Janeda_(Ambla)_vallavalitsus, lk 7
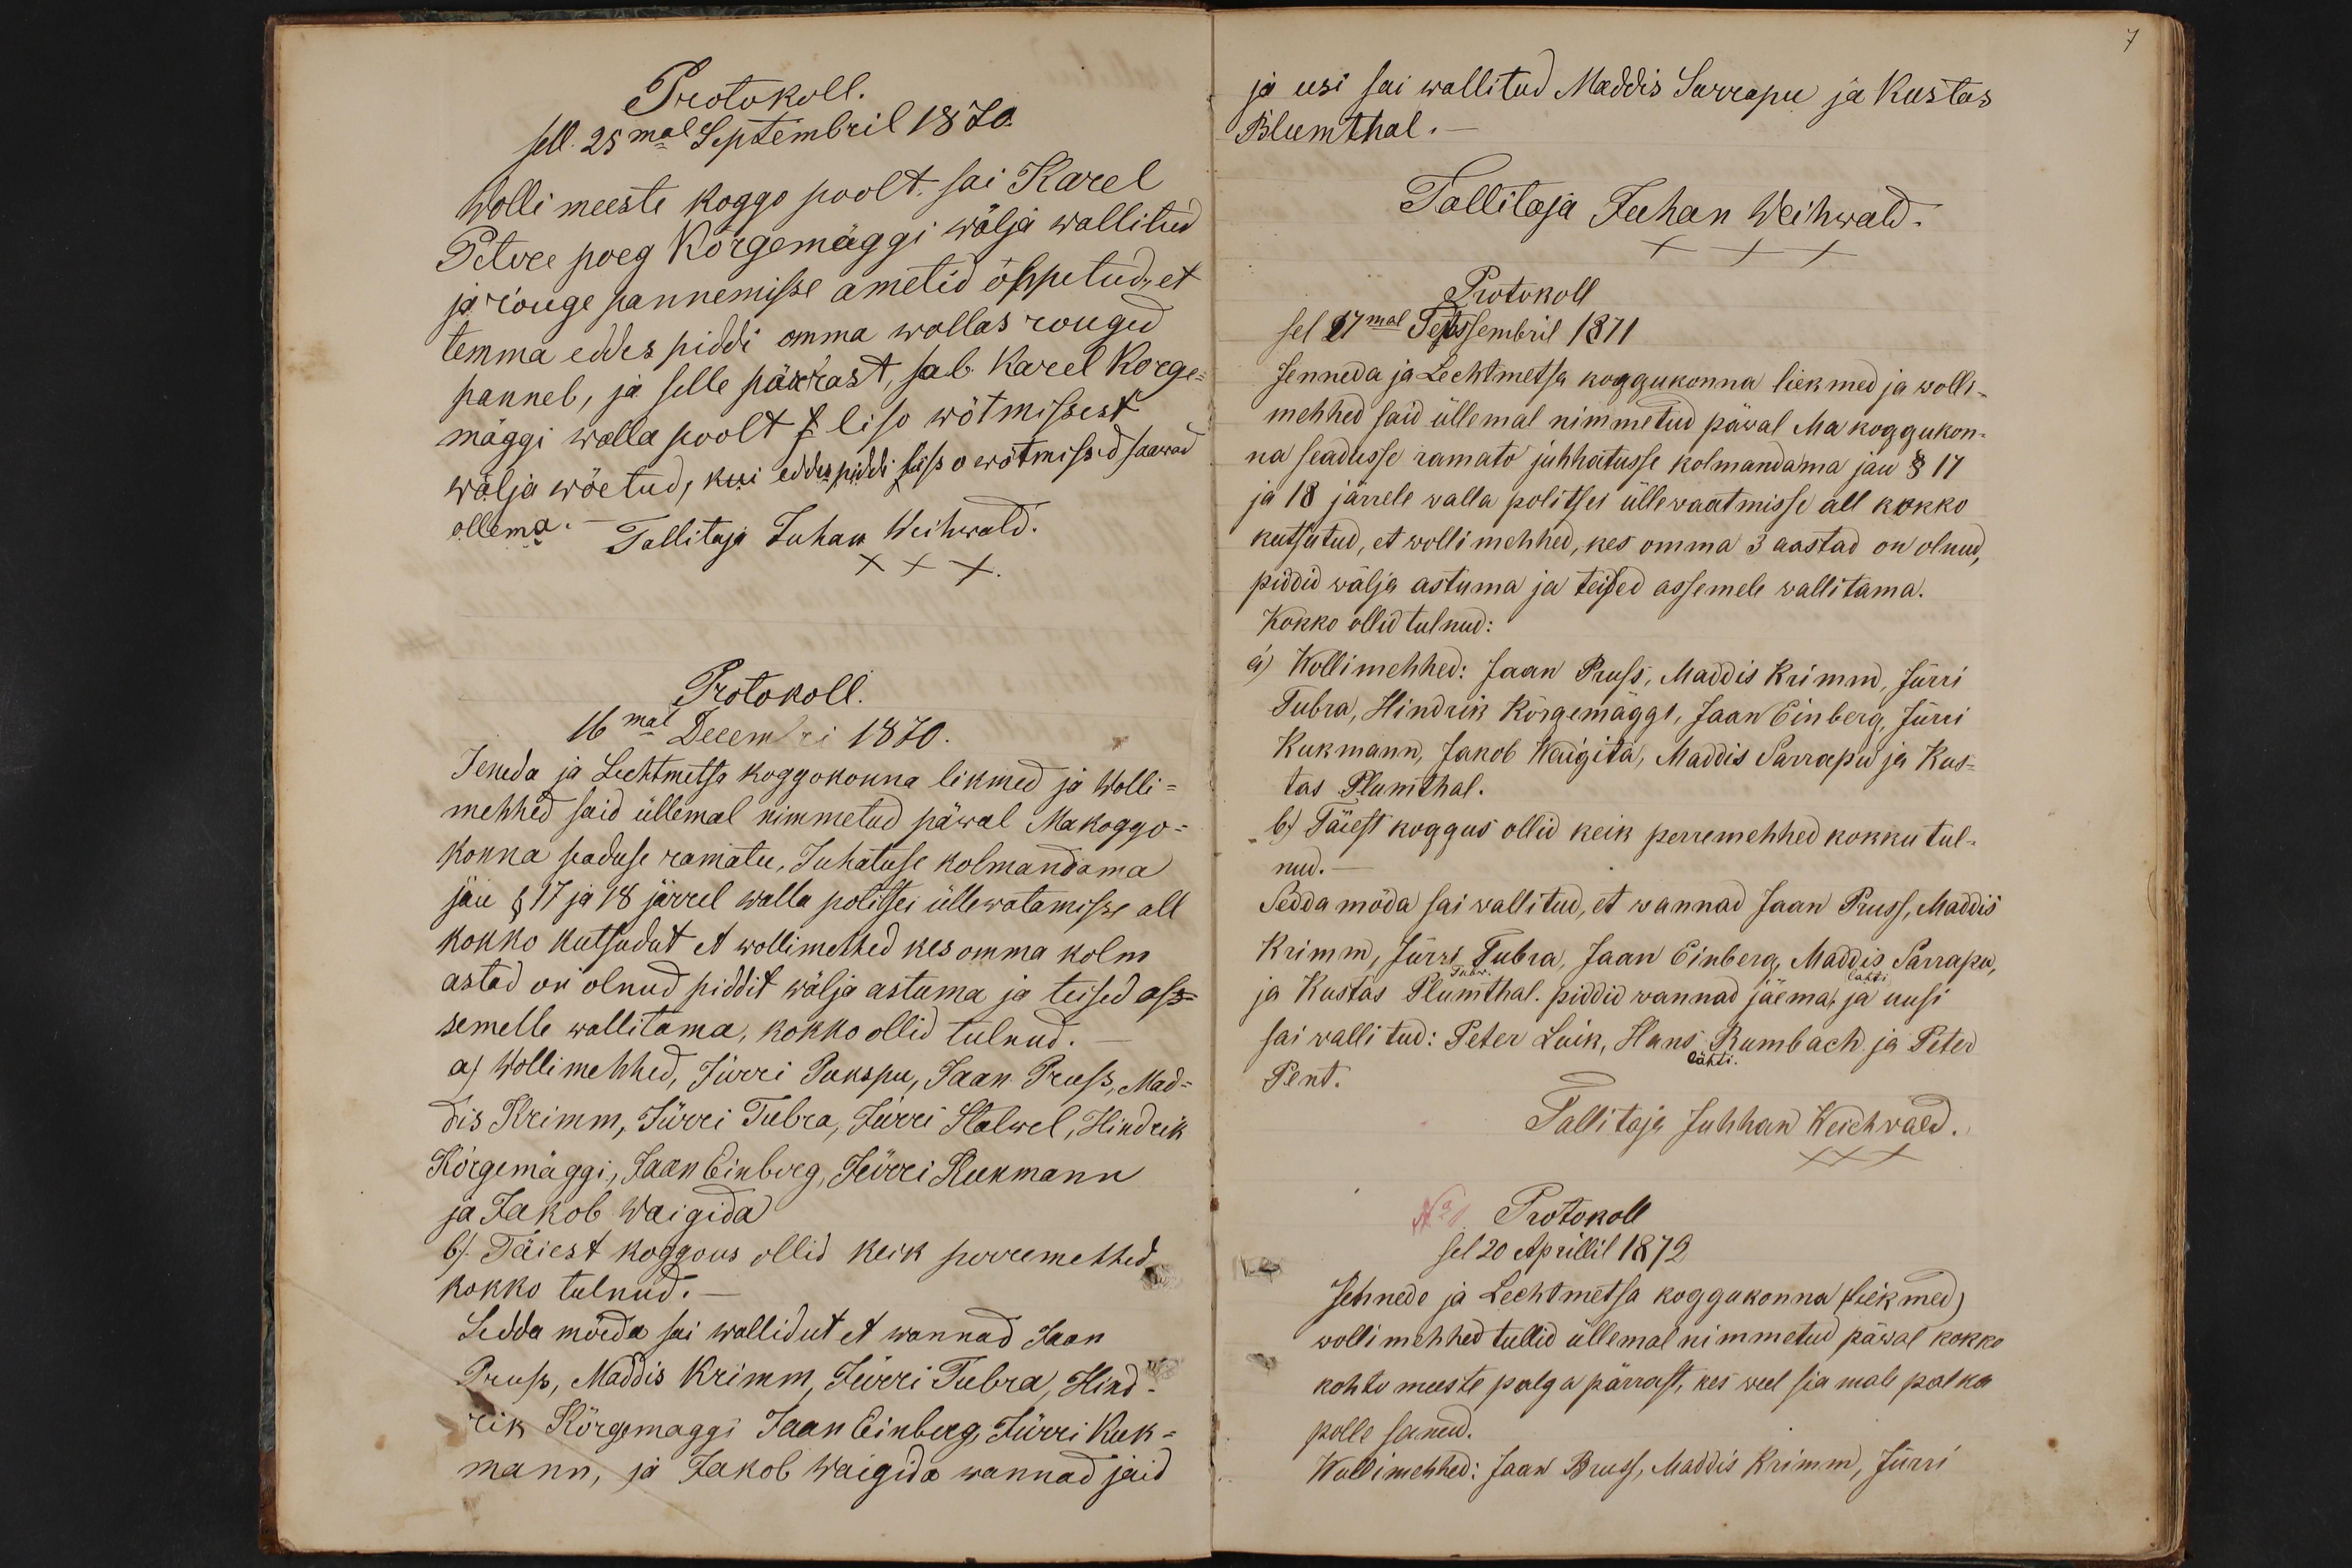
Protokoll.
sell. 25mal Septembril 1870.
Wolli meeste koggo poolt sai Karel
Petre poeg Kõrgemäggi wälja wallitud
ja rõuge pannemisse ametid õppetud., et
temma eddes piddi omma wallas rouged
panneb, ja selle pärrast, sab Karel Korge-
mäggi walla poolt s liso wõtmissest
wälja wõetud, kui eddes piddi liisso wõtmissed saawad
ollema.
Tallitaja Juhan Weihwald. XXX
Protokoll.
16mal Decembri 1870.
Jeneda ja Lechtmetsa koggokonna likmed ja Wolli-
mehhed said üllemal nimmetud päwal Makoggo-
konna seaduse ramatu, Juhatuse kolmandama
jäu § 17 ja 18 järrel walla politsei üllewatamisse all
kokko kutsudut et wollimehhed kes omma kolm
astad on olnud piddit wälja astuma ja teised ass-
semelle wallitama, kokko ollid tulnud.
a) Wollimehhed, Jürri Pukspu, Jaan Pruss, Mad-
dis Krimm, Jürri Tubra, Jürri Stalwel, Hindrik
Kõrgemäggi, Jaan Einberg, Jürri Kukmann
ja Jakob Waigida
b.). Täiest koggous ollid keik perremehhed
kokko tulnud.
Sedda möeda sai wallidut et wannad Jaan
Pruss, Maddis Krimm, Jürri Tubra, Hind-
rik Kõrgemaggi Jaan Einberg, Jürri Kuk-
mann, ja Jakob Waigida wannad jäid

ja usi sai wallitud Maddis Sarrapu ja Kustas
Blumthal
Tallitaja Juhan Weihwald.
XXX
Protokoll
sel 27mal Tepssembril 1871
Jenneda ja Lechtmetsa koggukonna liekmed ja wolli-
mehhed said üllemal nimmetud päwal Ma koggukon-
na seadusse ramato juhhatusse kolmandama jau § 17
ja 18 järrele walla politsei üllewaatmisse all kokko
kutsutud, et wollimehhed, kes omma 3 aastad on olnud,
piddid wälja astuma ja teised assemele wallitama.
Kokko ollid tulnud:
à) Wollimehhed: Jaan Pruss, Maddis Krimm, Jürri
Tubra, Hindrik Kõrgemäggi, Jaan Einberg, Jürri
Kukmann, Jakob Waigita, Maddis Sarrapu ja Kus-
tas Plumthal.
b.) Täiest koggus ollid keik perremehhed kokku tul-
nud.
Sedda möda sai wallitud, et wannad Jaan Pruss, Maddis
Krimm, Jürri Tubra, Jaan Einberg, Maddis Sarrapu,
Tubr.
(lahti)
ja Kustas Plumthal. piddid wannad jäema, ja uusi
sai wallitud: Peter Luik, Hans Rumbach ja Peter
lähti.
Pent.
Tallitaja Juhhan Weichwald.
XXX
No 1. Protokoll
sel 20 Aprillil 1872
Jennede ja Lechtmetsa koggukonna liekmed)
wolli mehhed tullid üllemal nimmetud päwal kokko
kohtu meeste palga pärrast, kes weel sia male palka
polle sanud.
Wollimehhed: Jaan Bruss, Maddis Krimm, Jürri